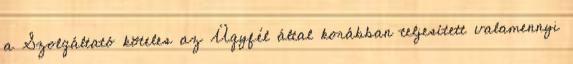
a Szolgáltató köteles az Ügyfél által korábban teljesített valamennyi